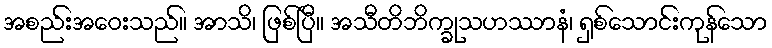
အစည်းအဝေးသည်။ အာသိ၊ ဖြစ်ပြီ။ အသီတိဘိက္ခုသဟဿာနံ၊ ရှစ်သောင်းကုန်သော